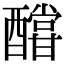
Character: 𨣛